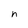
Character: n